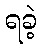
ရခဲ့